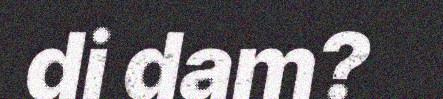
di dam?